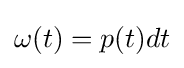
{\textstyle \omega (t)=p(t)dt}